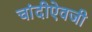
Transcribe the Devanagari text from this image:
चांदीऐवजी